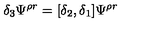
\delta _ { 3 } \Psi ^ { \rho r } = [ \delta _ { 2 } , \delta _ { 1 } ] \Psi ^ { \rho r }